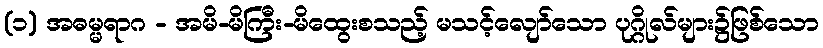
(၁) အဓမ္မရာဂ - အမိ-မိကြီး-မိထွေးစသည့် မသင့်လျော်သော ပုဂ္ဂိုလ်များ၌ဖြစ်သော